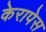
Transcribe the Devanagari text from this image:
केरापेस